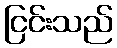
ငြင်းသည်